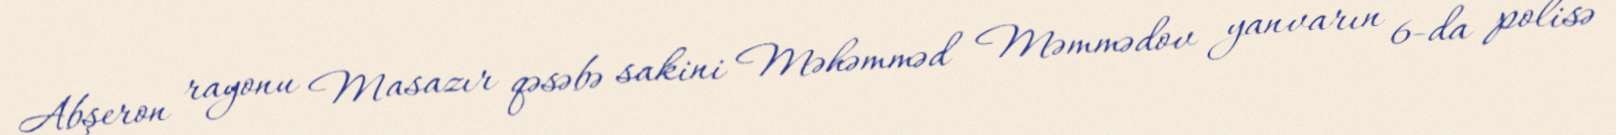
Abşeron rayonu Masazır qəsəbə sakini Məhəmməd Məmmədov yanvarın 6-da polisə